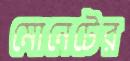
মোনেটের